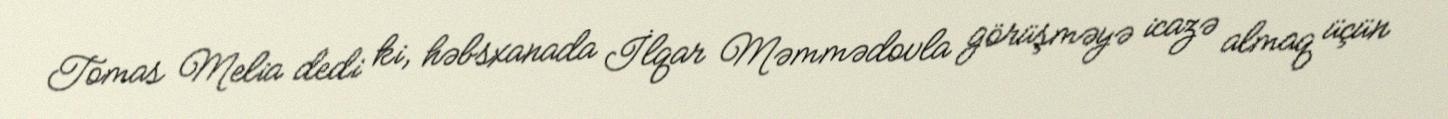
Tomas Melia dedi ki, həbsxanada İlqar Məmmədovla görüşməyə icazə almaq üçün